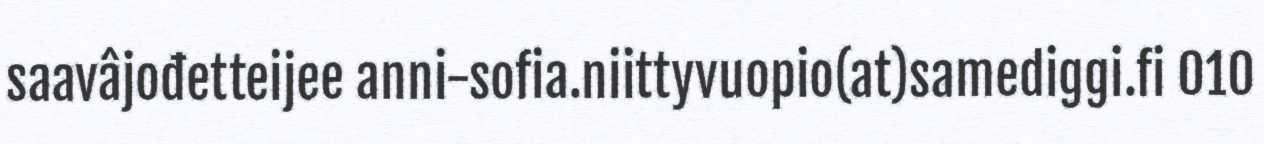
saavâjođetteijee anni-sofia.niittyvuopio(at)samediggi.fi 010